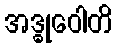
အဒ္ဓုဝေါတိ